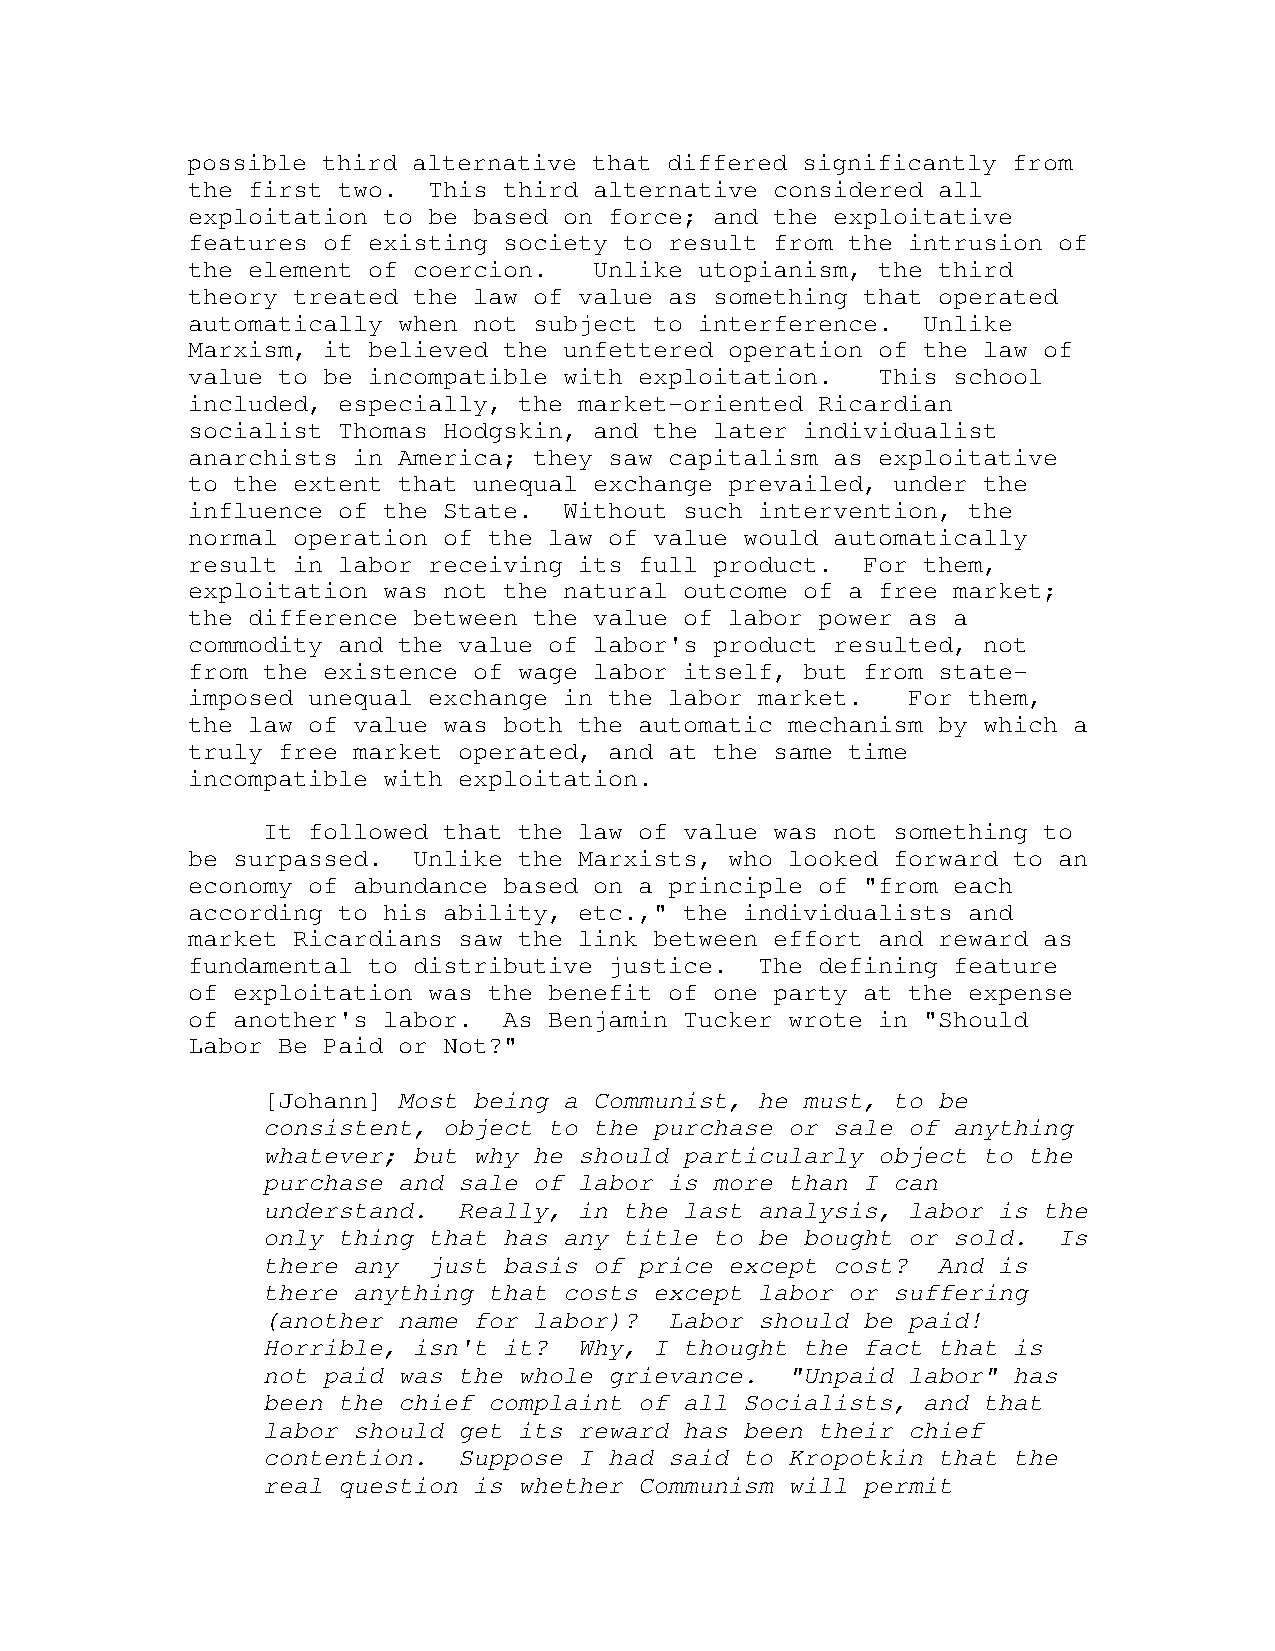
possible third alternative that differed significantly from
 the first two.  This third alternative considered all
 exploitation to be based on force; and the exploitative
 features of existing society to result from the intrusion of
 the element of coercion.   Unlike utopianism, the third
 theory treated the law of value as something that operated
 automatically when not subject to interference.  Unlike
 Marxism, it believed the unfettered operation of the law of
 value to be incompatible with exploitation.   This school
 included, especially, the market-oriented Ricardian
 socialist Thomas Hodgskin, and the later individualist
 anarchists in America; they saw capitalism as exploitative
 to the extent that unequal exchange prevailed, under the
 influence of the State.  Without such intervention, the
 normal operation of the law of value would automatically
 result in labor receiving its full product.  For them,
 exploitation was not the natural outcome of a free market;
 the difference between the value of labor power as a
 commodity and the value of labor's product resulted, not
 from the existence of wage labor itself, but from state-
 imposed unequal exchange in the labor market.   For them,
 the law of value was both the automatic mechanism by which a
 truly free market operated, and at the same time
 incompatible with exploitation.
 It followed that the law of value was not something to
 be surpassed.  Unlike the Marxists, who looked forward to an
 economy of abundance based on a principle of "from each
 according to his ability, etc.," the individualists and
 market Ricardians saw the link between effort and reward as
 fundamental to distributive justice.  The defining feature
 of exploitation was the benefit of one party at the expense
 of another's labor.  As Benjamin Tucker wrote in "Should
 Labor Be Paid or Not?"
 [Johann] Most being a Communist, he must, to be
 consistent, object to the purchase or sale of anything
 whatever; but why he should particularly object to the
 purchase and sale of labor is more than I can
 understand.  Really, in the last analysis, labor is the
 only thing that has any title to be bought or sold.  Is
 there any  just basis of price except cost?  And is
 there anything that costs except labor or suffering
 (another name for labor)?  Labor should be paid!
 Horrible, isn't it?  Why, I thought the fact that is
 not paid was the whole grievance.  "Unpaid labor" has
 been the chief complaint of all Socialists, and that
 labor should get its reward has been their chief
 contention.  Suppose I had said to Kropotkin that the
 real question is whether Communism will permit